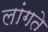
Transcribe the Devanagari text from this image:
लांगते